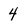
Character: 4